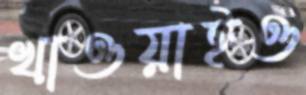
খাওয়াইও